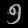
Digit: ၅